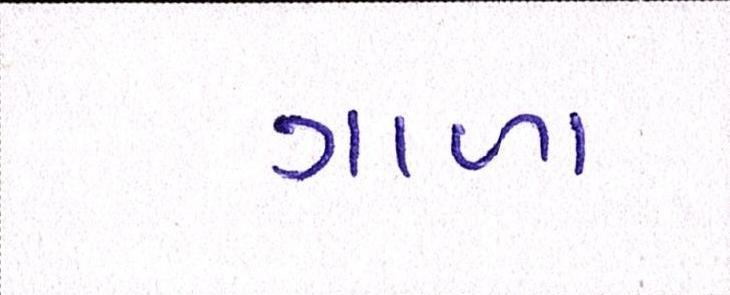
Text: ગાળા